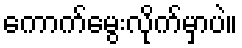
ကောက်မွေးလိုက်မှာပဲ။